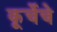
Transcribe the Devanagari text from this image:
कूर्चेचे